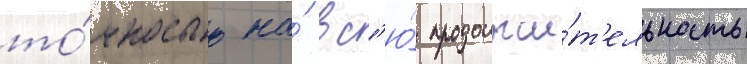
то́чностью на́ вс'ю́ продолжи́т'ельность